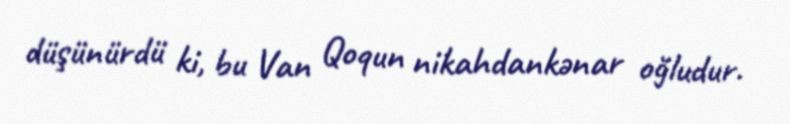
düşünürdü ki, bu Van Qoqun nikahdankənar oğludur.